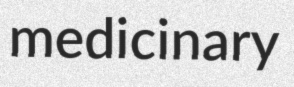
medicinary